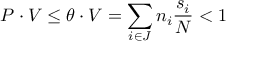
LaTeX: P \cdot V \le \theta \cdot V = \sum _ { i \in J } n _ { i } \frac { s _ { i } } { N } < 1